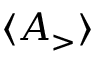
\langle { A _ { \mathrm { > } } } \rangle